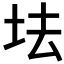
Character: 𡊛